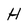
Character: H